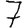
Digit: 7